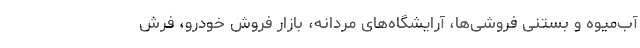
آب‌میوه و بستنی فروشی‌ها، آرایشگاه‌های مردانه، بازار فروش خودرو، فرش